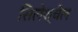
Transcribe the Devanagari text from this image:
सिलेश्चैल